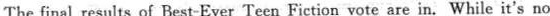
The final results of Best-Ever Teen Fiction vote are in. While it's no